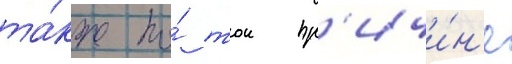
та́кже по́ тои пр'ичи́н'е